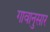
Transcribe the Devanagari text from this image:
गावानुसार